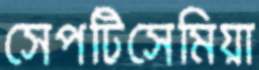
সেপটিসেমিয়া